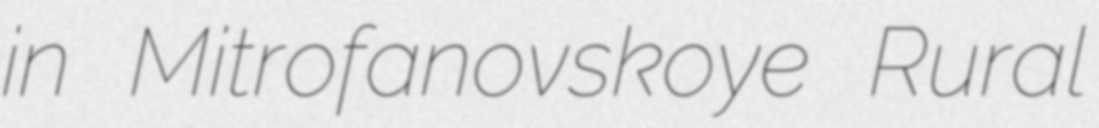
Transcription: in Mitrofanovskoye Rural